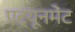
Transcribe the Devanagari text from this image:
एट्यूनमेंट